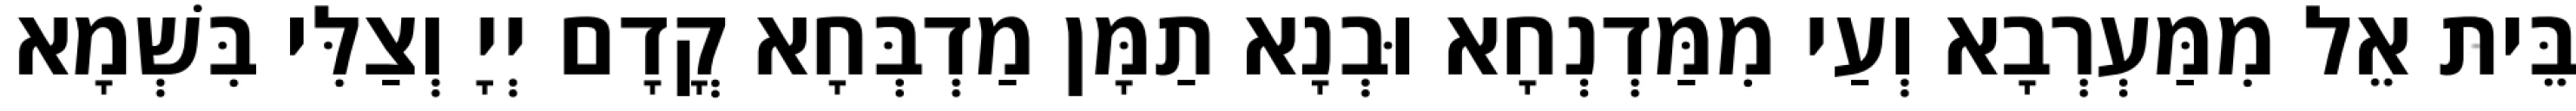
בֵּית אֵל מִמַּעְרְבָא וְעַי מִמַּדְנְחָא וּבְנָא תַמָּן מַדְבְּחָא קֳדָם יְיָ וְצַלִּי בִּשְׁמָא